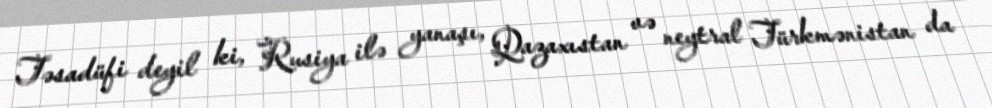
Təsadüfi deyil ki, Rusiya ilə yanaşı, Qazaxıstan və neytral Türkmənistan da